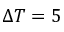
\Delta T = 5